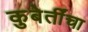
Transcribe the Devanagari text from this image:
कुबेर्तींचा